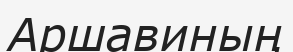
Аршавиның